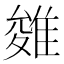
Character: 𨿓